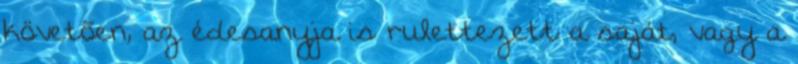
követõen, az édesanyja is rulettezett a saját, vagy a